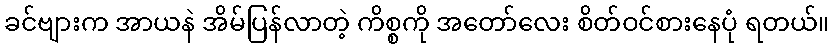
ခင်ဗျားက အာယနဲ အိမ်ပြန်လာတဲ့ ကိစ္စကို အတော်လေး စိတ်ဝင်စားနေပုံ ရတယ်။